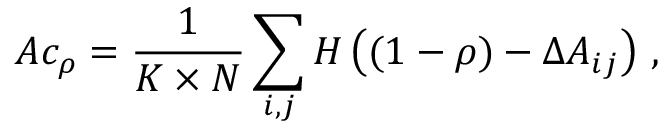
A c _ { \rho } = \frac { 1 } { K \times N } \sum _ { i , j } H \left( ( 1 - \rho ) - \Delta A _ { i j } \right) \, ,